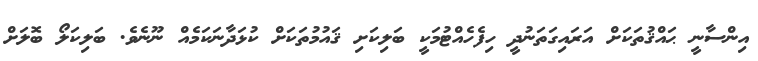
އިންސާނީ ޙައްޤުތަކަށް އަރައިގަތަނުދީ ހިފެހެއްޓުމަކީ ބަލިކަށި ޤައުމުތަކަށް ކުޅަދާނަކަމެއް ނޫނެވެ. ބަލިކަލޯ ބޮލަށް